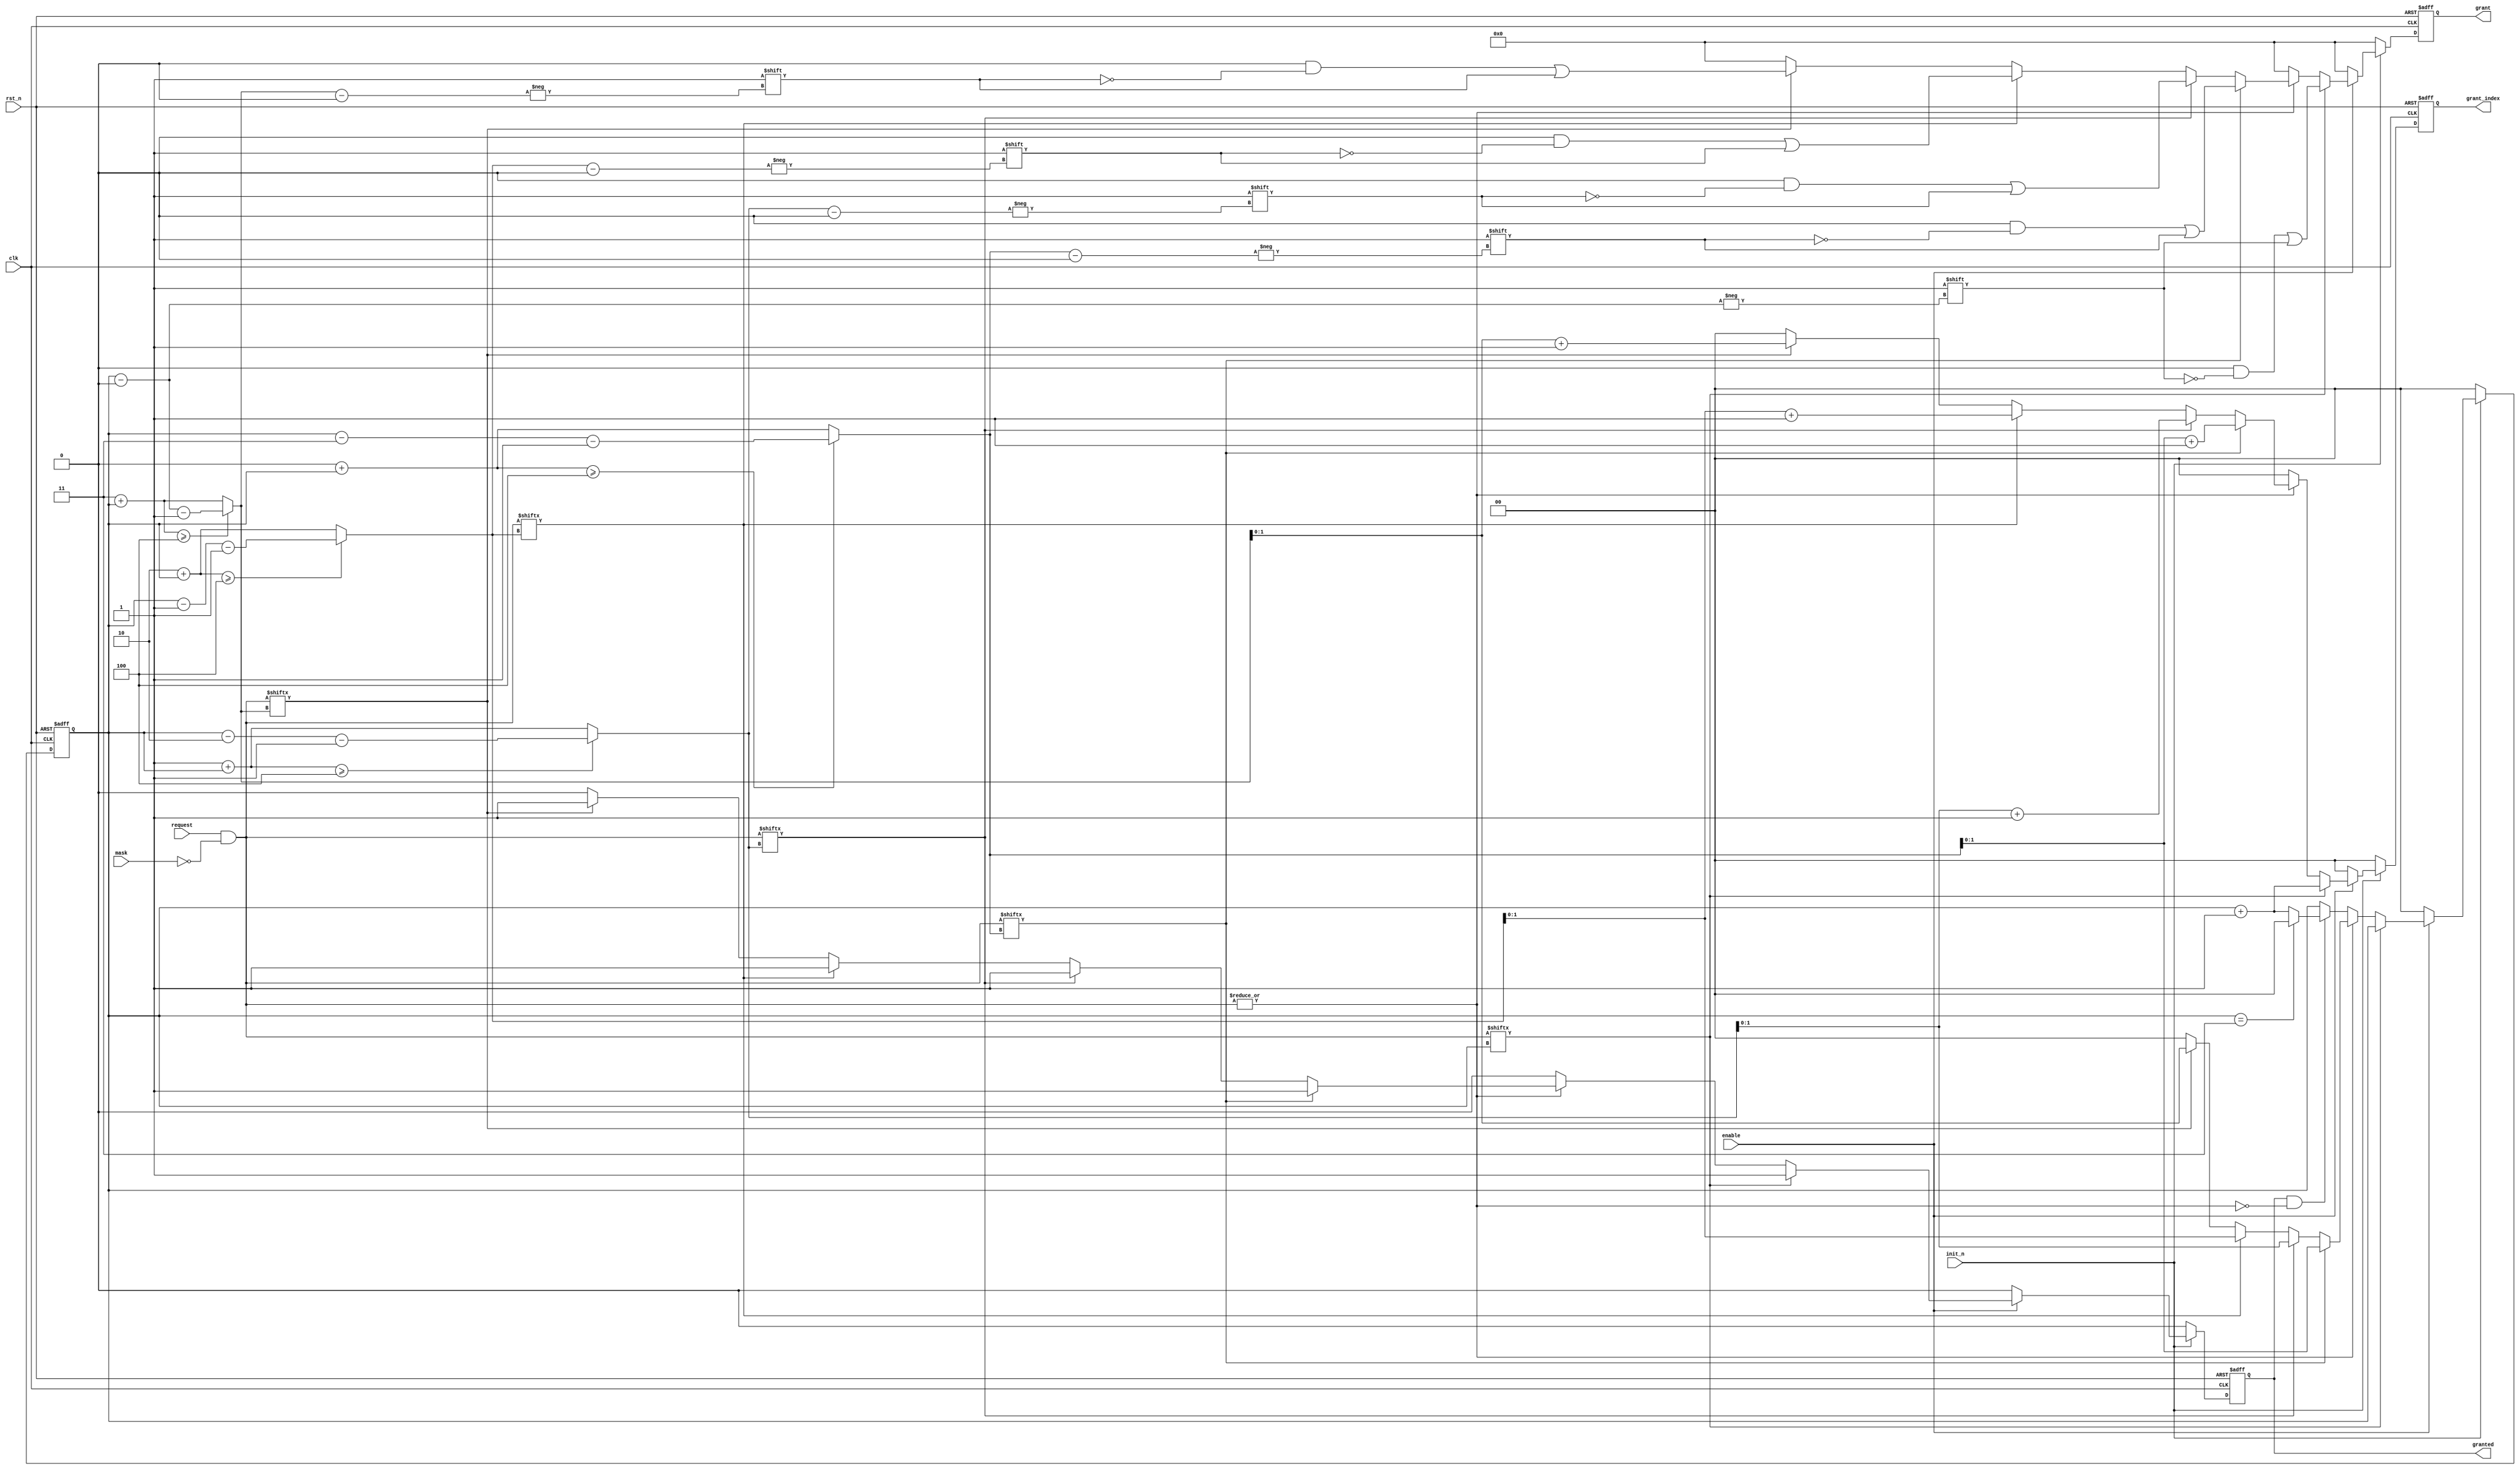

////////////////////////////////////////////////////////////////////////////////

//
// ABSTRACT:  Arbiter with round-robin priority scheme
//   
// MODIFIED:
////////////////////////////////////////////////////////////////////////////////
//
// ABSTRACT :
//    Arbiter  Round-Robin arbitraton scheme.
//      Parameters      Valid Values    Description
//      ==========      =========       ===========
//      n               {2 to 32}       Number of arbiter clients
//      output_mode     {0 to 1}        Registered or unregistered outputs    
//      
//      Input Ports   Size              Description
//      ===========   ====              ============
//      clk             1               Input clock
//      rst_n           1               Active low reset
//      init_n          1               Active low synchronous reset
//      enable          1               Active high enable
//      request         n               Input request from clients
//      mask            n bits          Setting mask(i) high will disable request(i)
//      
//      Output Ports   Size              Description
//      ===========   ====              ============  
//      grant           n               Grant output    
//      grant_index     ceil(log2(n))   Index of the current grant
//
// Modification history:
//
//     7-08-11   DLL   Edits made to clean up Leda warnings.
//
////////////////////////////////////////////////////////////////////////////////
  module DW_arb_rr (
    clk,
    rst_n,
    init_n,
    enable,
    request,
    mask,
    granted,
    grant,
    grant_index
    // Embedded dc_shell script
    // _model_constraint_1
);

  parameter n           = 4; // RANGE 2 to 32
  parameter output_mode = 1; // RANGE 0 or 1
`define DW_index_width ((n>16)?((n>64)?((n>128)?8:7):((n>32)?6:5)):((n>4)?((n>8)?4:3):((n>2)?2:1)))

  input                clk;     // clock input
  input                rst_n;   // active low async reset
  input                init_n;  // active low sync  reset
  input                enable;  // active high register enable
  input  [n-1: 0]      request; // client request bus
  input  [n-1: 0]      mask;	// client mask bus

  output                    granted; // arbiter granted status flag
  output [n-1: 0]           grant;   // one-hot granted client bus
  output [`DW_index_width-1: 0] grant_index; //index of current granted client 

  reg                       req_ro; 
  reg                       grant_ro; 
  reg  [`DW_index_width-1: 0]   token_cs;
  reg  [`DW_index_width-1: 0]   token_ns;
  reg  [n-1: 0]             grant_cs;
  reg  [n-1: 0]             grant_ns;
  reg                       granted_r;
  reg  [`DW_index_width-1: 0]   grant_indxr; // count memory
  reg  [`DW_index_width-1: 0]   grant_indxn; // count memory

  localparam [`DW_index_width-1: 0]  one_iw   = 1;
  localparam [`DW_index_width: 0]    one_iwp1 = 1;

  wire [n-1: 0]             masked_req;
  assign masked_req = request & ~mask;


  always@(posedge clk or negedge rst_n) begin : REQUEST_STATE_SEQ_PROC
    if(rst_n == 1'b0) begin
      token_cs    <= {n{1'b0}};
      grant_cs    <= {n{1'b0}};
      grant_indxr <= {n{1'b0}};
      granted_r   <= 1'b0;
    end else if (init_n == 1'b0) begin
      token_cs    <= {n{1'b0}};
      grant_cs    <= {n{1'b0}};
      grant_indxr <= {n{1'b0}};
      granted_r   <= 1'b0;
    end else begin // not busy
      token_cs    <= token_ns;
      grant_cs    <= grant_ns;
      grant_indxr <= grant_indxn;
      granted_r   <= grant_ro;
    end
  end
  always@(masked_req or token_cs or granted_r or enable) begin : masked_req_STATE_COMB_PROC
    reg  [`DW_index_width:0]       maxindx, count;
    reg  [`DW_index_width+1:0]     maxindx_p1;
    reg  [`DW_index_width:0]       next_token_ns_tmp;
    reg  [`DW_index_width: 0]      token_cs_p1;


    grant_ro          = 1'b0;
    grant_ns          = {n{1'b0}};
    token_ns          = {`DW_index_width{1'b0}};
    grant_indxn       = {`DW_index_width{1'b0}};
    req_ro            = |masked_req;
    maxindx_p1        = {`DW_index_width{1'b0}};
    next_token_ns_tmp = {`DW_index_width+1{1'b0}};
    token_cs_p1       = token_cs + one_iw;

    if(enable) begin
      if(masked_req[token_cs] == 1'b1)begin//grant owned by token owner
        grant_ns           = {n{1'b0}};
        grant_ns[token_cs] = 1'b1;
        token_ns           = token_cs;
        grant_indxn        = token_cs_p1[`DW_index_width-1:0];
        grant_ro           = 1'b1;
      end else if(req_ro) begin // req not the token owner, search for next
        for(count = 0 ; count < n; count = count + 1) begin
	  maxindx   = ((n - 1 - count + token_cs) >= n) 
	             ? (token_cs - count - 1) : (n - 1 - count + token_cs);
          maxindx_p1 = maxindx + one_iwp1;

          if(masked_req[maxindx] == 1'b1)begin

            grant_ns            = {n{1'b0}};

            grant_ns[maxindx]     = 1'b1;

            token_ns            = maxindx;
            grant_indxn         = maxindx_p1[`DW_index_width-1:0];
            grant_ro            = 1'b1;
          end 
	end
      // all masked_reqers go to zero while last grant active
      end else if(granted_r == 1'b1 & req_ro == 1'b0)begin 
        next_token_ns_tmp = (token_cs == n-1) ? {`DW_index_width{1'b0}} :  token_cs + one_iw;
	token_ns    = next_token_ns_tmp[`DW_index_width-1:0];
        grant_ns    = {n{1'b0}};
        grant_indxn = {`DW_index_width{1'b0}};
      end else begin // all masked_reqers go to zero....
        token_ns    = token_cs; 
        grant_ns    = {n{1'b0}};
        grant_indxn = {`DW_index_width{1'b0}};
      end
    end else begin // not enabled
      grant_ns    = {n{1'b0}};
      token_ns    = {`DW_index_width{1'b0}};
      grant_indxn = {`DW_index_width{1'b0}};
    end
  end 
generate
  if (output_mode == 1) begin : GEN_OM_EQ_1
    assign granted     = granted_r;
    assign grant       = grant_cs;
    assign grant_index = grant_indxr;
  end else begin : GEN_OM_NE_1
    assign granted     = grant_ro;
    assign grant       = grant_ns;
    assign grant_index = grant_indxn;
  end
endgenerate
endmodule